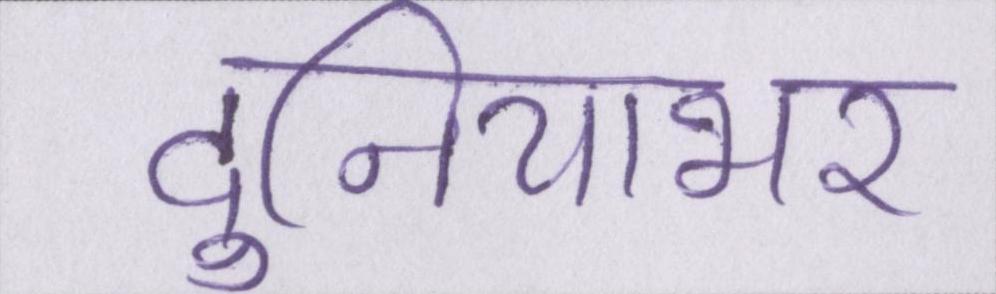
दुनियाभर